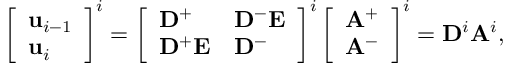
\left[ \begin{array} { l } { \mathbf { u } _ { i - 1 } } \\ { \mathbf { u } _ { i } } \end{array} \right] ^ { i } = \left[ \begin{array} { l l } { \mathbf { D } ^ { + } } & { \mathbf { D } ^ { - } \mathbf { E } } \\ { \mathbf { D } ^ { + } \mathbf { E } } & { \mathbf { D } ^ { - } } \end{array} \right] ^ { i } \left[ \begin{array} { l } { \mathbf { A } ^ { + } } \\ { \mathbf { A } ^ { - } } \end{array} \right] ^ { i } = \mathbf { D } ^ { i } \mathbf { A } ^ { i } ,